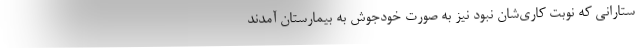
ستارانی که نوبت کاری‌شان نبود نیز به صورت خودجوش به بیمارستان آمدند